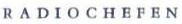
RADIOCHEFEN